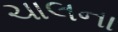
ચાલના